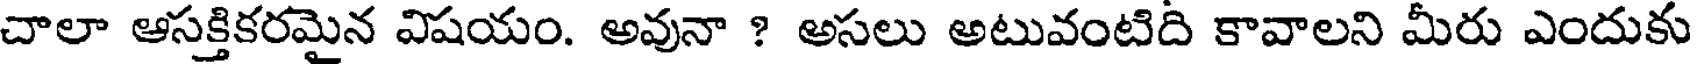
చాలా ఆసక్తికరమైన విషయం. అవునా ? అసలు అటువంటిది కావాలని మీరు ఎందుకు